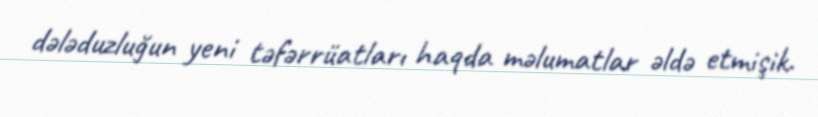
dələduzluğun yeni təfərrüatları haqda məlumatlar əldə etmişik.